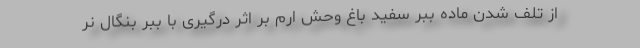
از تلف شدن ماده ببر سفید باغ وحش ارم بر اثر درگیری با ببر بنگال نر